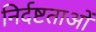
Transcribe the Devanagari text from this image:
निर्दष्टताओं